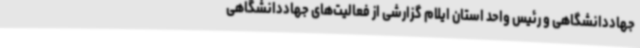
جهاددانشگاهی و رئیس واحد استان ایلام گزارشی از فعالیت‌های جهاددانشگاهی